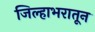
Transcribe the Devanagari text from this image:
जिल्हाभरातून